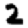
Digit: 2